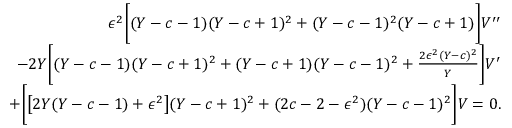
\begin{array} { r } { \epsilon ^ { 2 } \bigg [ ( Y - c - 1 ) ( Y - c + 1 ) ^ { 2 } + ( Y - c - 1 ) ^ { 2 } ( Y - c + 1 ) \bigg ] V ^ { \prime \prime } } \\ { - 2 Y \bigg [ ( Y - c - 1 ) ( Y - c + 1 ) ^ { 2 } + ( Y - c + 1 ) ( Y - c - 1 ) ^ { 2 } + \frac { 2 \epsilon ^ { 2 } ( Y - c ) ^ { 2 } } { Y } \bigg ] V ^ { \prime } } \\ { + \bigg [ \big [ 2 Y ( Y - c - 1 ) + \epsilon ^ { 2 } \big ] ( Y - c + 1 ) ^ { 2 } + ( 2 c - 2 - \epsilon ^ { 2 } ) ( Y - c - 1 ) ^ { 2 } \bigg ] V = 0 . } \end{array}